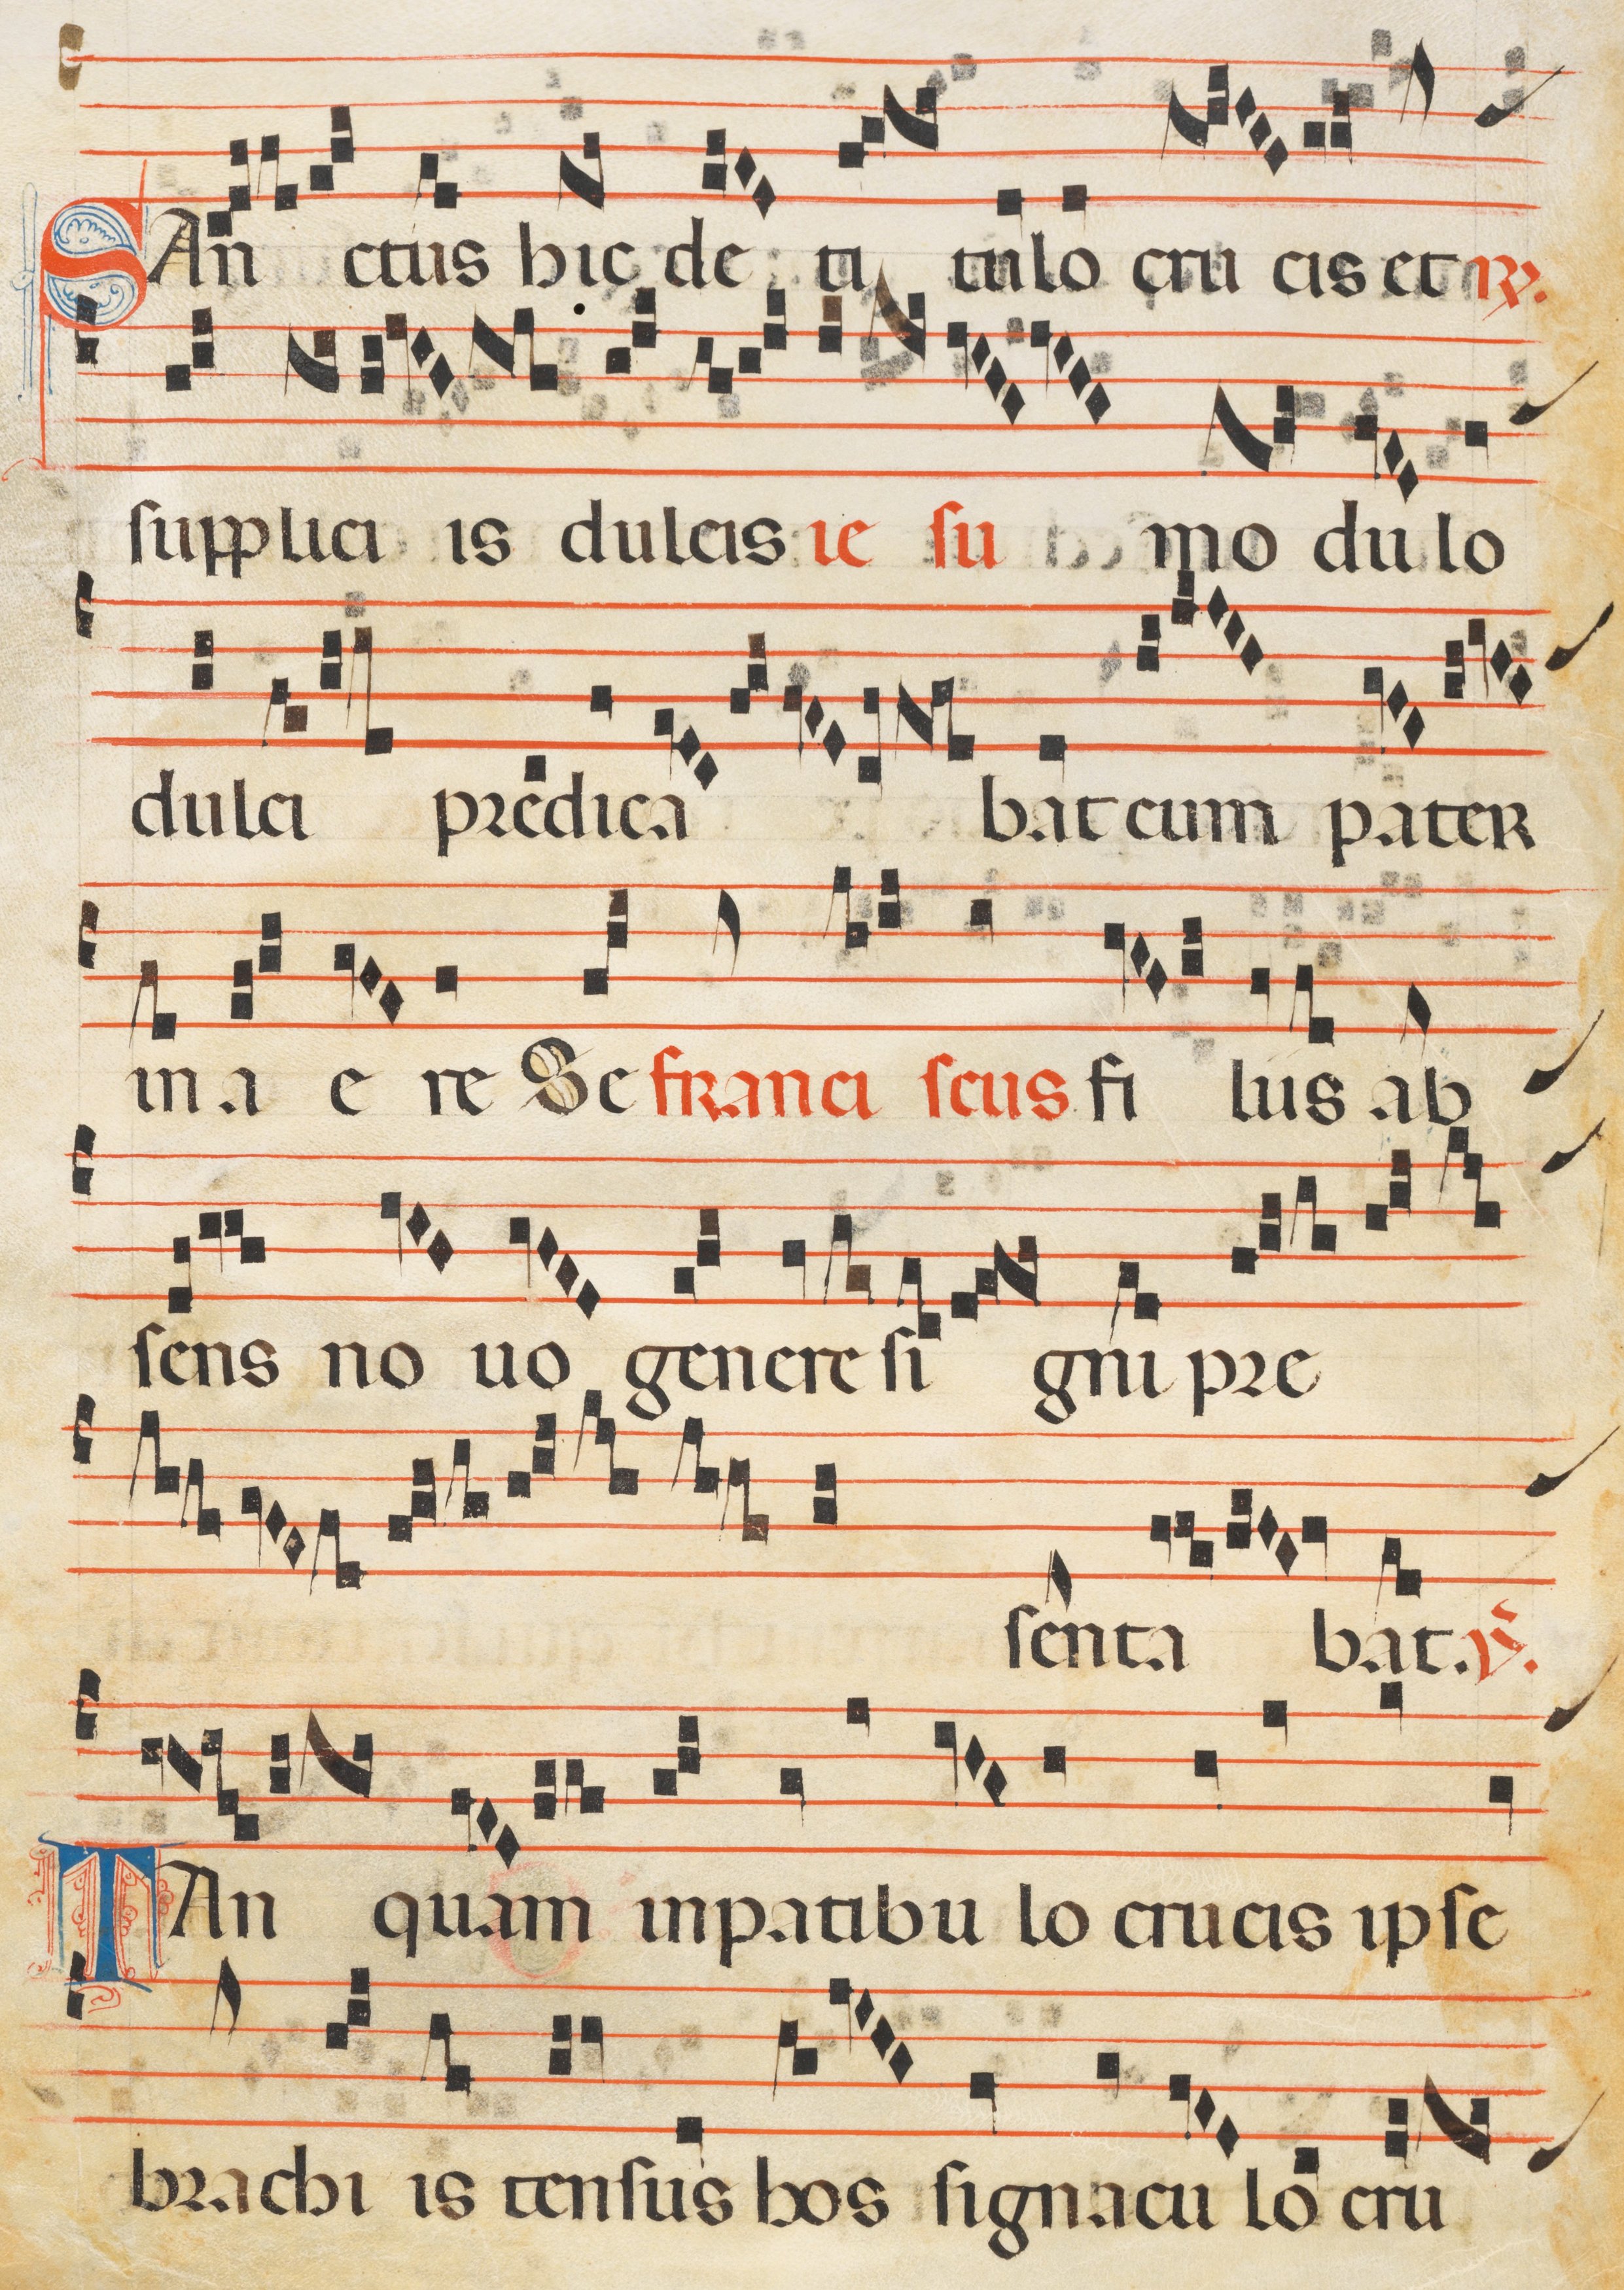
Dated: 1300–1330